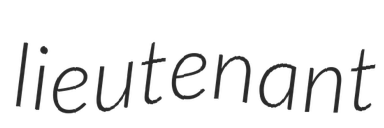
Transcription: lieutenant